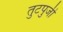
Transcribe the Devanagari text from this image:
तुटपुजी